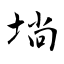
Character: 埫